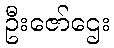
ဦးဇော်ဌေး